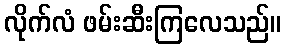
လိုက်လံ ဖမ်းဆီးကြလေသည်။